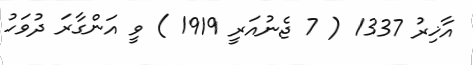
އާޚިރު 1337 ( 7 ޖެނުއަރީ 1919 ) ވީ އަންގާރަ ދުވަހު